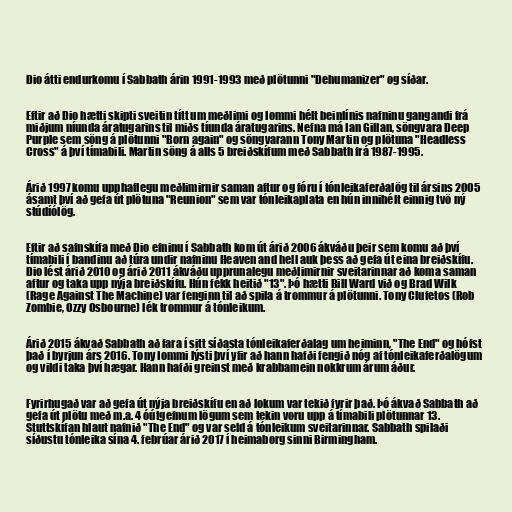
Dio átti endurkomu í Sabbath árin 1991-1993 með plötunni "Dehumanizer" og síðar.

Eftir að Dio hætti skipti sveitin títt um meðlimi og Iommi hélt beinlínis nafninu gangandi frá
miðjum níunda áratugarins til miðs tíunda áratugarins. Nefna má Ian Gillan, söngvara Deep
Purple sem söng á plötunni "Born again" og söngvarann Tony Martin og plötuna "Headless
Cross" á því tímabili. Martin söng á alls 5 breiðskífum með Sabbath frá 1987-1995.

Árið 1997 komu upphaflegu meðlimirnir saman aftur og fóru í tónleikaferðalög til ársins 2005
ásamt því að gefa út plötuna "Reunion" sem var tónleikaplata en hún innihélt einnig tvö ný
stúdíólög.

Eftir að safnskífa með Dio efninu í Sabbath kom út árið 2006 ákváðu þeir sem komu að því
tímabili í bandinu að túra undir nafninu Heaven and hell auk þess að gefa út eina breiðskífu.
Dio lést árið 2010 og árið 2011 ákváðu upprunalegu meðlimirnir sveitarinnar að koma saman
aftur og taka upp nýja breiðskífu. Hún fékk heitið "13". Þó hætti Bill Ward við og Brad Wilk
(Rage Against The Machine) var fenginn til að spila á trommur á plötunni. Tony Clufetos (Rob
Zombie, Ozzy Osbourne) lék trommur á tónleikum.

Árið 2015 ákvað Sabbath að fara í sitt síðasta tónleikaferðalag um heiminn, "The End" og hófst
það í byrjun árs 2016. Tony Iommi lýsti því yfir að hann hafði fengið nóg af tónleikaferðalögum
og vildi taka því hægar. Hann hafði greinst með krabbamein nokkrum árum áður.

Fyrirhugað var að gefa út nýja breiðskífu en að lokum var tekið fyrir það. Þó ákvað Sabbath að
gefa út plötu með m.a. 4 óútgefnum lögum sem tekin voru upp á tímabili plötunnar 13.
Stuttskífan hlaut nafnið "The End" og var seld á tónleikum sveitarinnar. Sabbath spilaði
síðustu tónleika sína 4. febrúar árið 2017 í heimaborg sinni Birmingham.